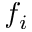
f _ { i }